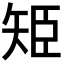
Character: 𮀁